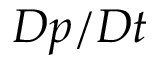
D p / D t